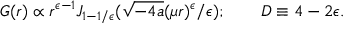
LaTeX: G ( r ) \propto r ^ { \epsilon - 1 } J _ { 1 - 1 / \epsilon } ( \sqrt { - 4 a } ( \mu r ) ^ { \epsilon } / \epsilon ) ; \qquad D \equiv 4 - 2 \epsilon .